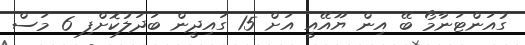
ގުއަންޓަނާމޯ ބޭ އިން ޔޫއޭއީ އަށް 15 ގައިދީން ބަދަލުކޮށްފި 6 މަސް